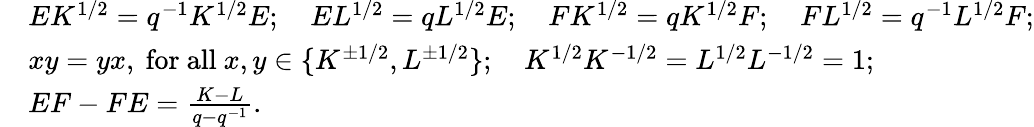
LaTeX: \begin{array}{rl}&{EK^{1/2}=q^{-1}K^{1/2}E;\quad EL^{1/2}=qL^{1/2}E;\quad FK^{1/2}=qK^{1/2}F;\quad FL^{1/2}=q^{-1}L^{1/2}F;}\\ &{xy=yx\mathrm{,~for~all~}x,y\in\{ K^{\pm 1/2},L^{\pm 1/2}\} ;\quad K^{1/2}K^{-1/2}=L^{1/2}L^{-1/2}=1;}\\ &{EF-FE=\frac{K-L}{q-q^{-1}}.}\end{array}